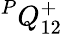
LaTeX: {}^{P}{Q}_{1{2}}^{+}